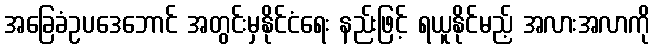
အခြေခံဥပဒေဘောင် အတွင်းမှနိုင်ငံရေး နည်းဖြင့် ရယူနိုင်မည့် အလားအလာကို